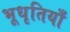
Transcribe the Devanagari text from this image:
भूधृतियाँ